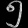
Digit: ၅